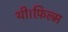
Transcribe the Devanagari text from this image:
थी।फ़िल्म